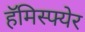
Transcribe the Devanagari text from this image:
हॅमिस्फ्येर